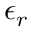
\epsilon _ { r }